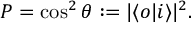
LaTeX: P = \cos ^ { 2 } \theta : = | \langle o | i \rangle | ^ { 2 } \/ .